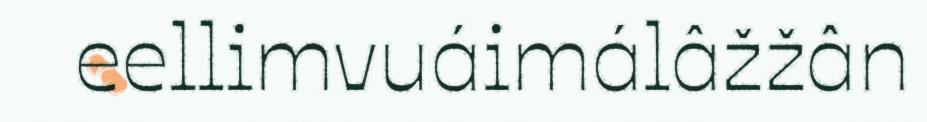
eellimvuáimálâžžân